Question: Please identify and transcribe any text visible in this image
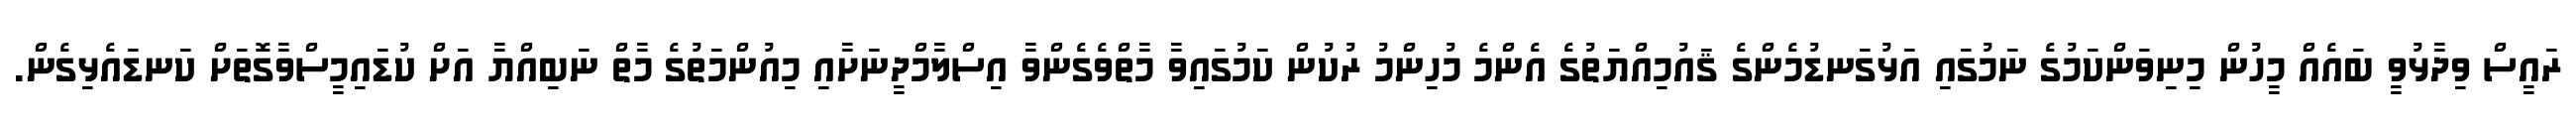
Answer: ރައީސް ވިދާޅުވީ ބައެއް މީހުން މިނިވަންކަމުގެ ނަމުގައި އަޅުގަނޑުމެންގެ ޤައުމިއްޔަތުގެ އެންމެ މުހިންމު ރުކުން ކަމުގައިވާ މާތްވެގެންވާ އިސްލާމްދީނަށާއި މިއުންމަތުގެ މާތް ނަބިއްޔާ އަށް ކުޑައިމީސްވާގޮތަށް ކަނޑައެޅިގެން.